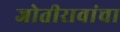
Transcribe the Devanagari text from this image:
जोतीरावांचा